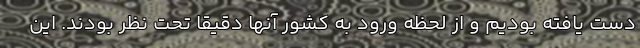
دست یافته بودیم و از لحظه ورود به کشور آنها دقیقا تحت نظر بودند. این